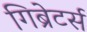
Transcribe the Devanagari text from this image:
गिब्रेटर्स